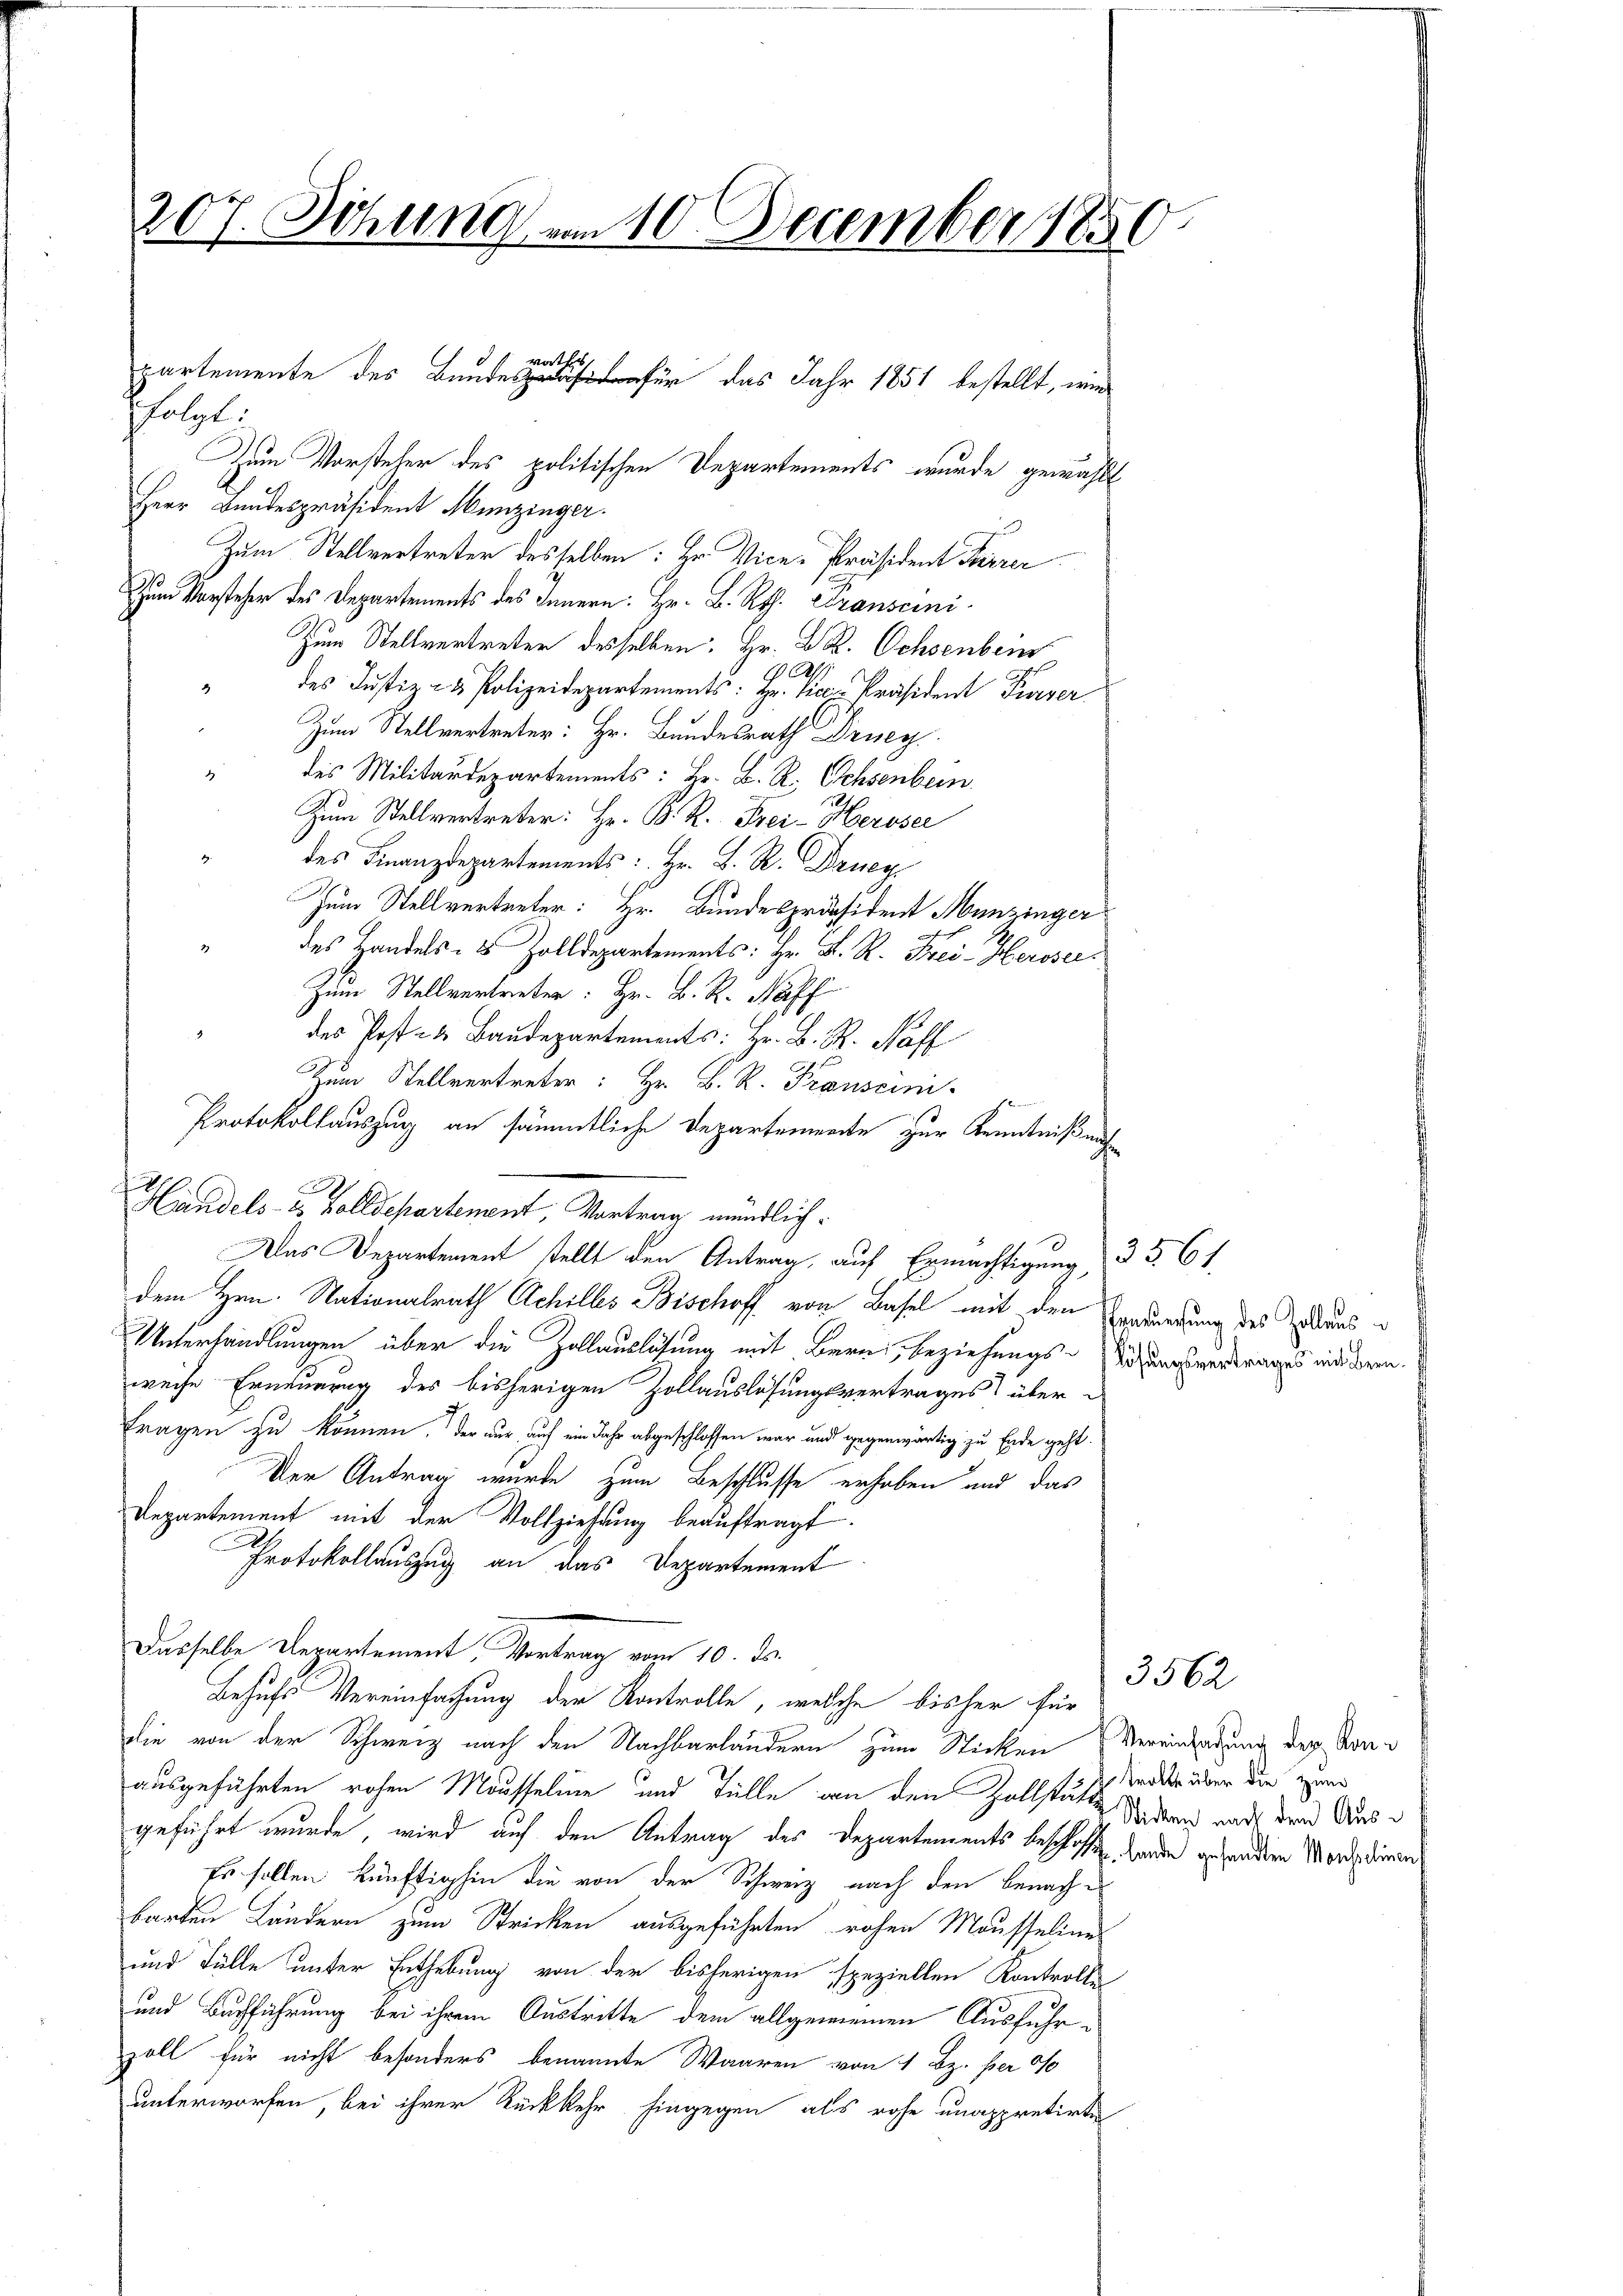
207. Sitzung vom 10 December 1850

folgt:
Zum Vorsteher des politischen Departements wurde gewählt
Herr Bundespräsident Munzinger.
Zum Stellvertreter desselben: Hr. Vice-Präsident Furrer
Zum Vorsteher des Departements des Innern: Hr. B. Rth. Transcini¬
Zum Stellvertreter desselben: Hr. Dr. Ochsenbein
.
des Justiz- & Polizeidepartements: Hr. Vice-Präsident Purser
Zum Stellvertreter: Hr. Bundesrath Drusey
4
des Militärdepartements: Hr. B. R. Ochsenbern.
Zum Stellvertreter: Hr. B. R. Frei-Heroser
1
des Finanzdepartements: Hr. B. R. Druc
Zum Stellvertreter: Hr. Bundespräsident Munzinger
" des Handels- & Zolldepartements: Hr. D. R. Frei- Heroser
Zum Stellvertreter: Hr. B. R. Naff
" des Post- u Baudepartements: Hr. B. R. Naff
Zum Stellvertreter: Hr. B. R. Trauseini
Protokollauszug an sämmtliche Departemente zur Kenntniß uns
1
Handels- & Zolldepartement, Vortrag mündlich¬
Das Departement stellt den Antrag, auf Ermächtigung,
dem Hrn. Nationalrath Achilles Bischoff von Basel mit den Verwundung des Zulaus¬
Unterhandlungen über die Zollauslösung mit Bern, beziehungs-Rechungsvertrages mit deren.
weise Erneuerung des bisherigen Zollauslösungsvertrages über-
Fragen zu können, der nur auf ein Jahr abgeschlossen war und gegenwärtig zu Ende geht.
Der Antrag wurde zum Beschlusse erhoben und das
Departement mit der Vollziehung beauftragt.
Protokollauszug an das Departement
Dasselbe Departement. Vortrag vom 10. ds.
Behufs Vereinfachung der Kontrolle, welche bisher für
die von der Schweiz nach den Nachbarländern zum Sticken Vereinladung der Sonausgeführten rohen Maasseline und Fülle von den Zollstus oder über die zum
geführt wurde, wird auf den Antrag des Departements beschon werden gesandten Mordgedienen
Es sollen künftighin die von der Schweiz nach den benach-
barten Ländern zum Stricken ausgeführten rohen Mousseline
und Fülle unter Enthebung von der bisherigen speziellen Kontrollen
und Buchführung bei ihrem Austritte dem allgemeinen Ausfuhrzoll für nicht besonders benannte Waaren von 1 Bz. per of
unterworfen, bei ihrer Rückkehr hingegen als rohe unappretirten

wath
partemente des Befür das Jahr 1851 bestellt, wie

3561.

3562

Sticken nach dem Aus¬